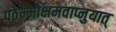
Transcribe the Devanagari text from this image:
पठेन्मोक्षमवाप्नुयात्